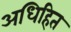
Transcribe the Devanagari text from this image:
अधिहित